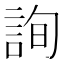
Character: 詢